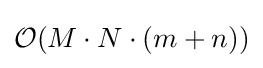
{\mathcal {O}}(M\cdot N\cdot (m+n))